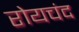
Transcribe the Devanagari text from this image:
रोयचंद